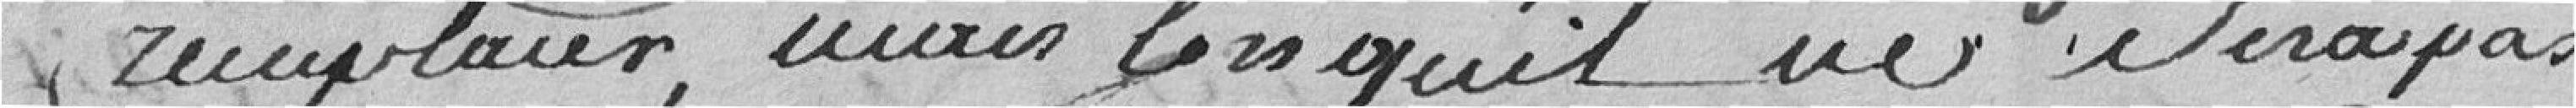
remplacer mais lorsqu'il ne sera pas